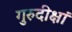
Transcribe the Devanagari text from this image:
गुरुदीक्षां